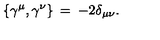
\{ \gamma ^ { \mu } , \gamma ^ { \nu } \} \: = \: - 2 \delta _ { \mu \nu } .